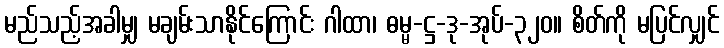
မည်သည့်အခါမျှ မချမ်းသာနိုင်ကြောင်း ဂါထာ၊ ဓမ္မ-ဋ္ဌ-ဒု-အုပ်-၃၂၀။ စိတ်ကို မပြင်လျှင်